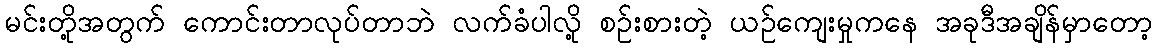
မင်းတို့အတွက် ကောင်းတာလုပ်တာဘဲ လက်ခံပါလို့ စဉ်းစားတဲ့ ယဉ်ကျေးမှုကနေ အခုဒီအချိန်မှာတော့